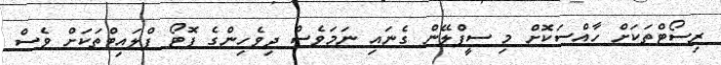
ރިސޯޓްތަކަށް ހާއްސަކޮށް މި ސީޕްލޭން ގެނައި ނަމަވެސް ދިވެހިންގެ ފޮޓޯ ފްލައިޓްތަކަށް ވެސް